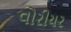
વોરીયર